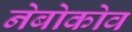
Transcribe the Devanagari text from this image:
नेबोकोव